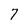
Character: 7